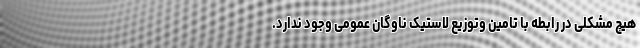
هیچ مشکلی در رابطه با تامین وتوزیع لاستیک ناوگان عمومی وجود ندارد.